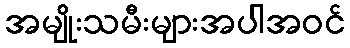
အမျိုးသမီးများအပါအဝင်